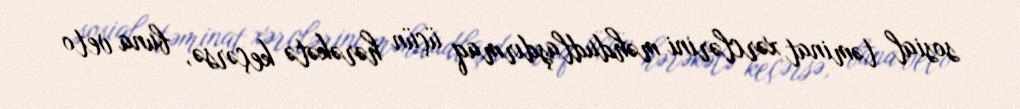
sosial təminat xərclərini məhdudlaşdırmaq üçün hərəkətə keçərsə, buna veto